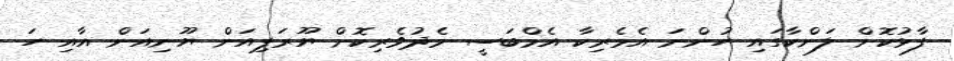
ފާޅުކޮށް ލަންކާގައި ހުންނަ އެމެރިކާ އެމްބަސީ މެދުވެރިކޮށް ޔޫރަޕިއަން ޔޫނިއަން އާއި ހަ